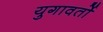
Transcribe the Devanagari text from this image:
युगावर्तो